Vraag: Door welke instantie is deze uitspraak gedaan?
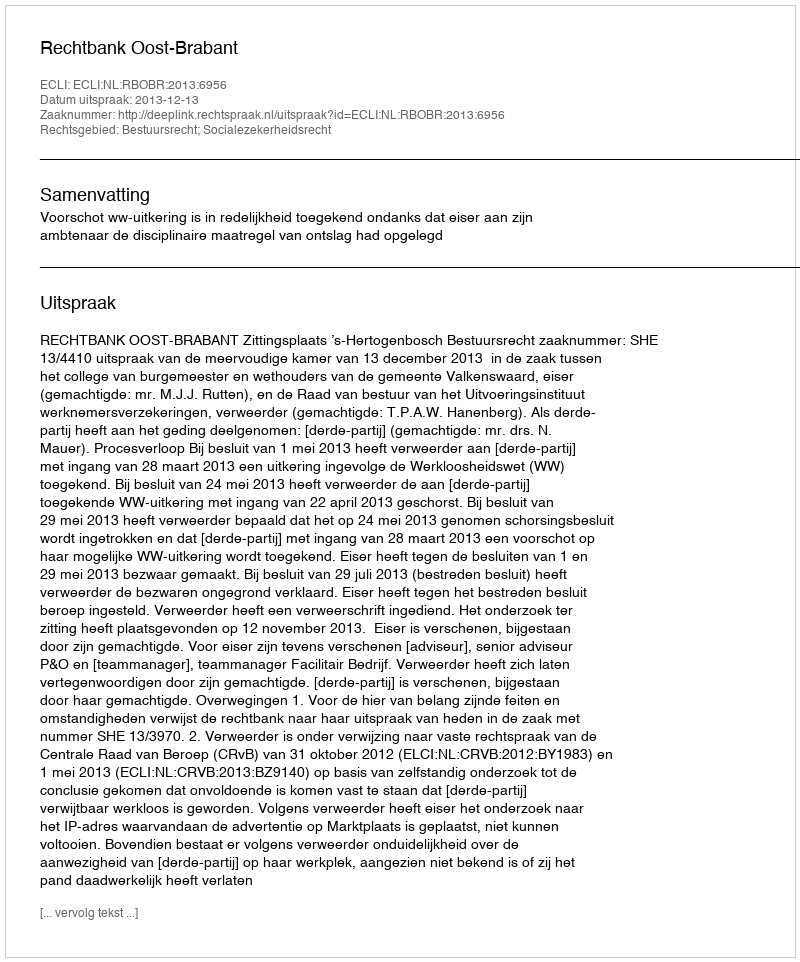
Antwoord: Rechtbank Oost-Brabant